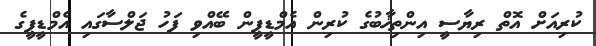
ކުރިއަށް އޮތް ރިޔާސީ އިންތިޚާބުގެ ކުރިން އެމްޑީޕީން ބޭއްވި ފަހު ޖަލްސާގައި އެމްޑީޕީގެ